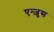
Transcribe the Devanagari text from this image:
एन्ज़ुस